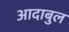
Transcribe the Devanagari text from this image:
आदाबुल